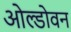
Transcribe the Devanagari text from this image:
ओल्डोवन